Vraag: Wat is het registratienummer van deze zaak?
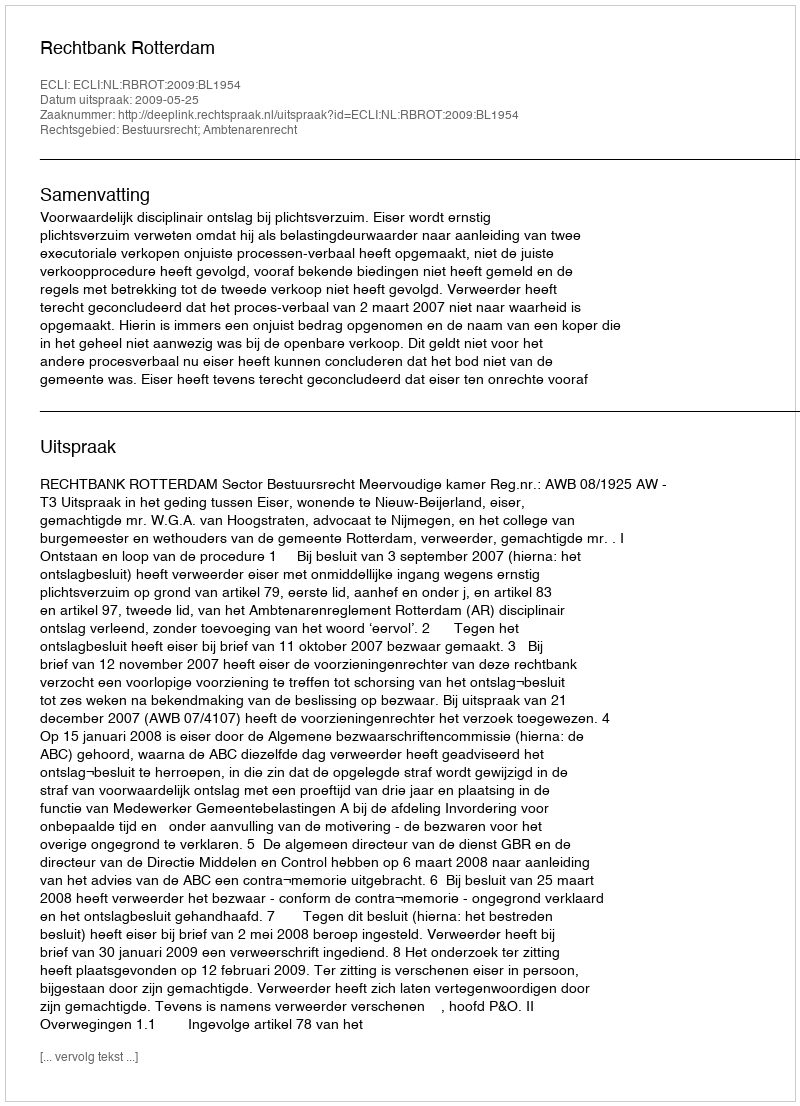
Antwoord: http://deeplink.rechtspraak.nl/uitspraak?id=ECLI:NL:RBROT:2009:BL1954